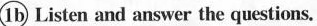
1 b Listen and answer the questions.